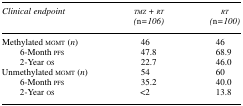
| Clinical endpoint | TMZ + RT (n=106) | RT (n=100) |
 | --- | --- | --- |
 | Methylated MGMT (n) | 46 | 46 |
 | 6-Month PFS | 47.8 | 68.9 |
 | 2-Year OS | 22.7 | 46.0 |
 | Unmethylated MGMT (n) | 54 | 60 |
 | 6-Month PFS | 35.2 | 40.0 |
 | 2-Year OS | <2 | 13.8 |